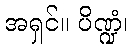
အရှင်။ ပိဏ္ဍံ၊